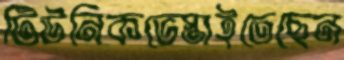
টিউনিকভেস্তাইতেছেন